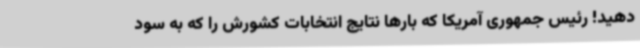
دهید! رئیس جمهوری آمریکا که بارها نتایج انتخابات کشورش را که به سود